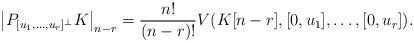
LaTeX: \begin{align*}\left|P_{[u_1,\dots,u_r]^\bot}K\right|_{n-r}=\frac{n!}{(n-r)!}V(K[n-r],[0,u_1],\dots, [0,u_r]).\end{align*}